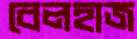
বেলহাজ